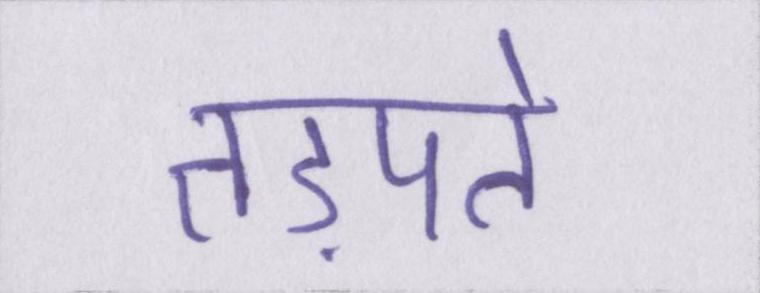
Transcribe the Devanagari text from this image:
तड़पते